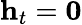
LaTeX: \mathbf{h}_{t}=\mathbf{0}